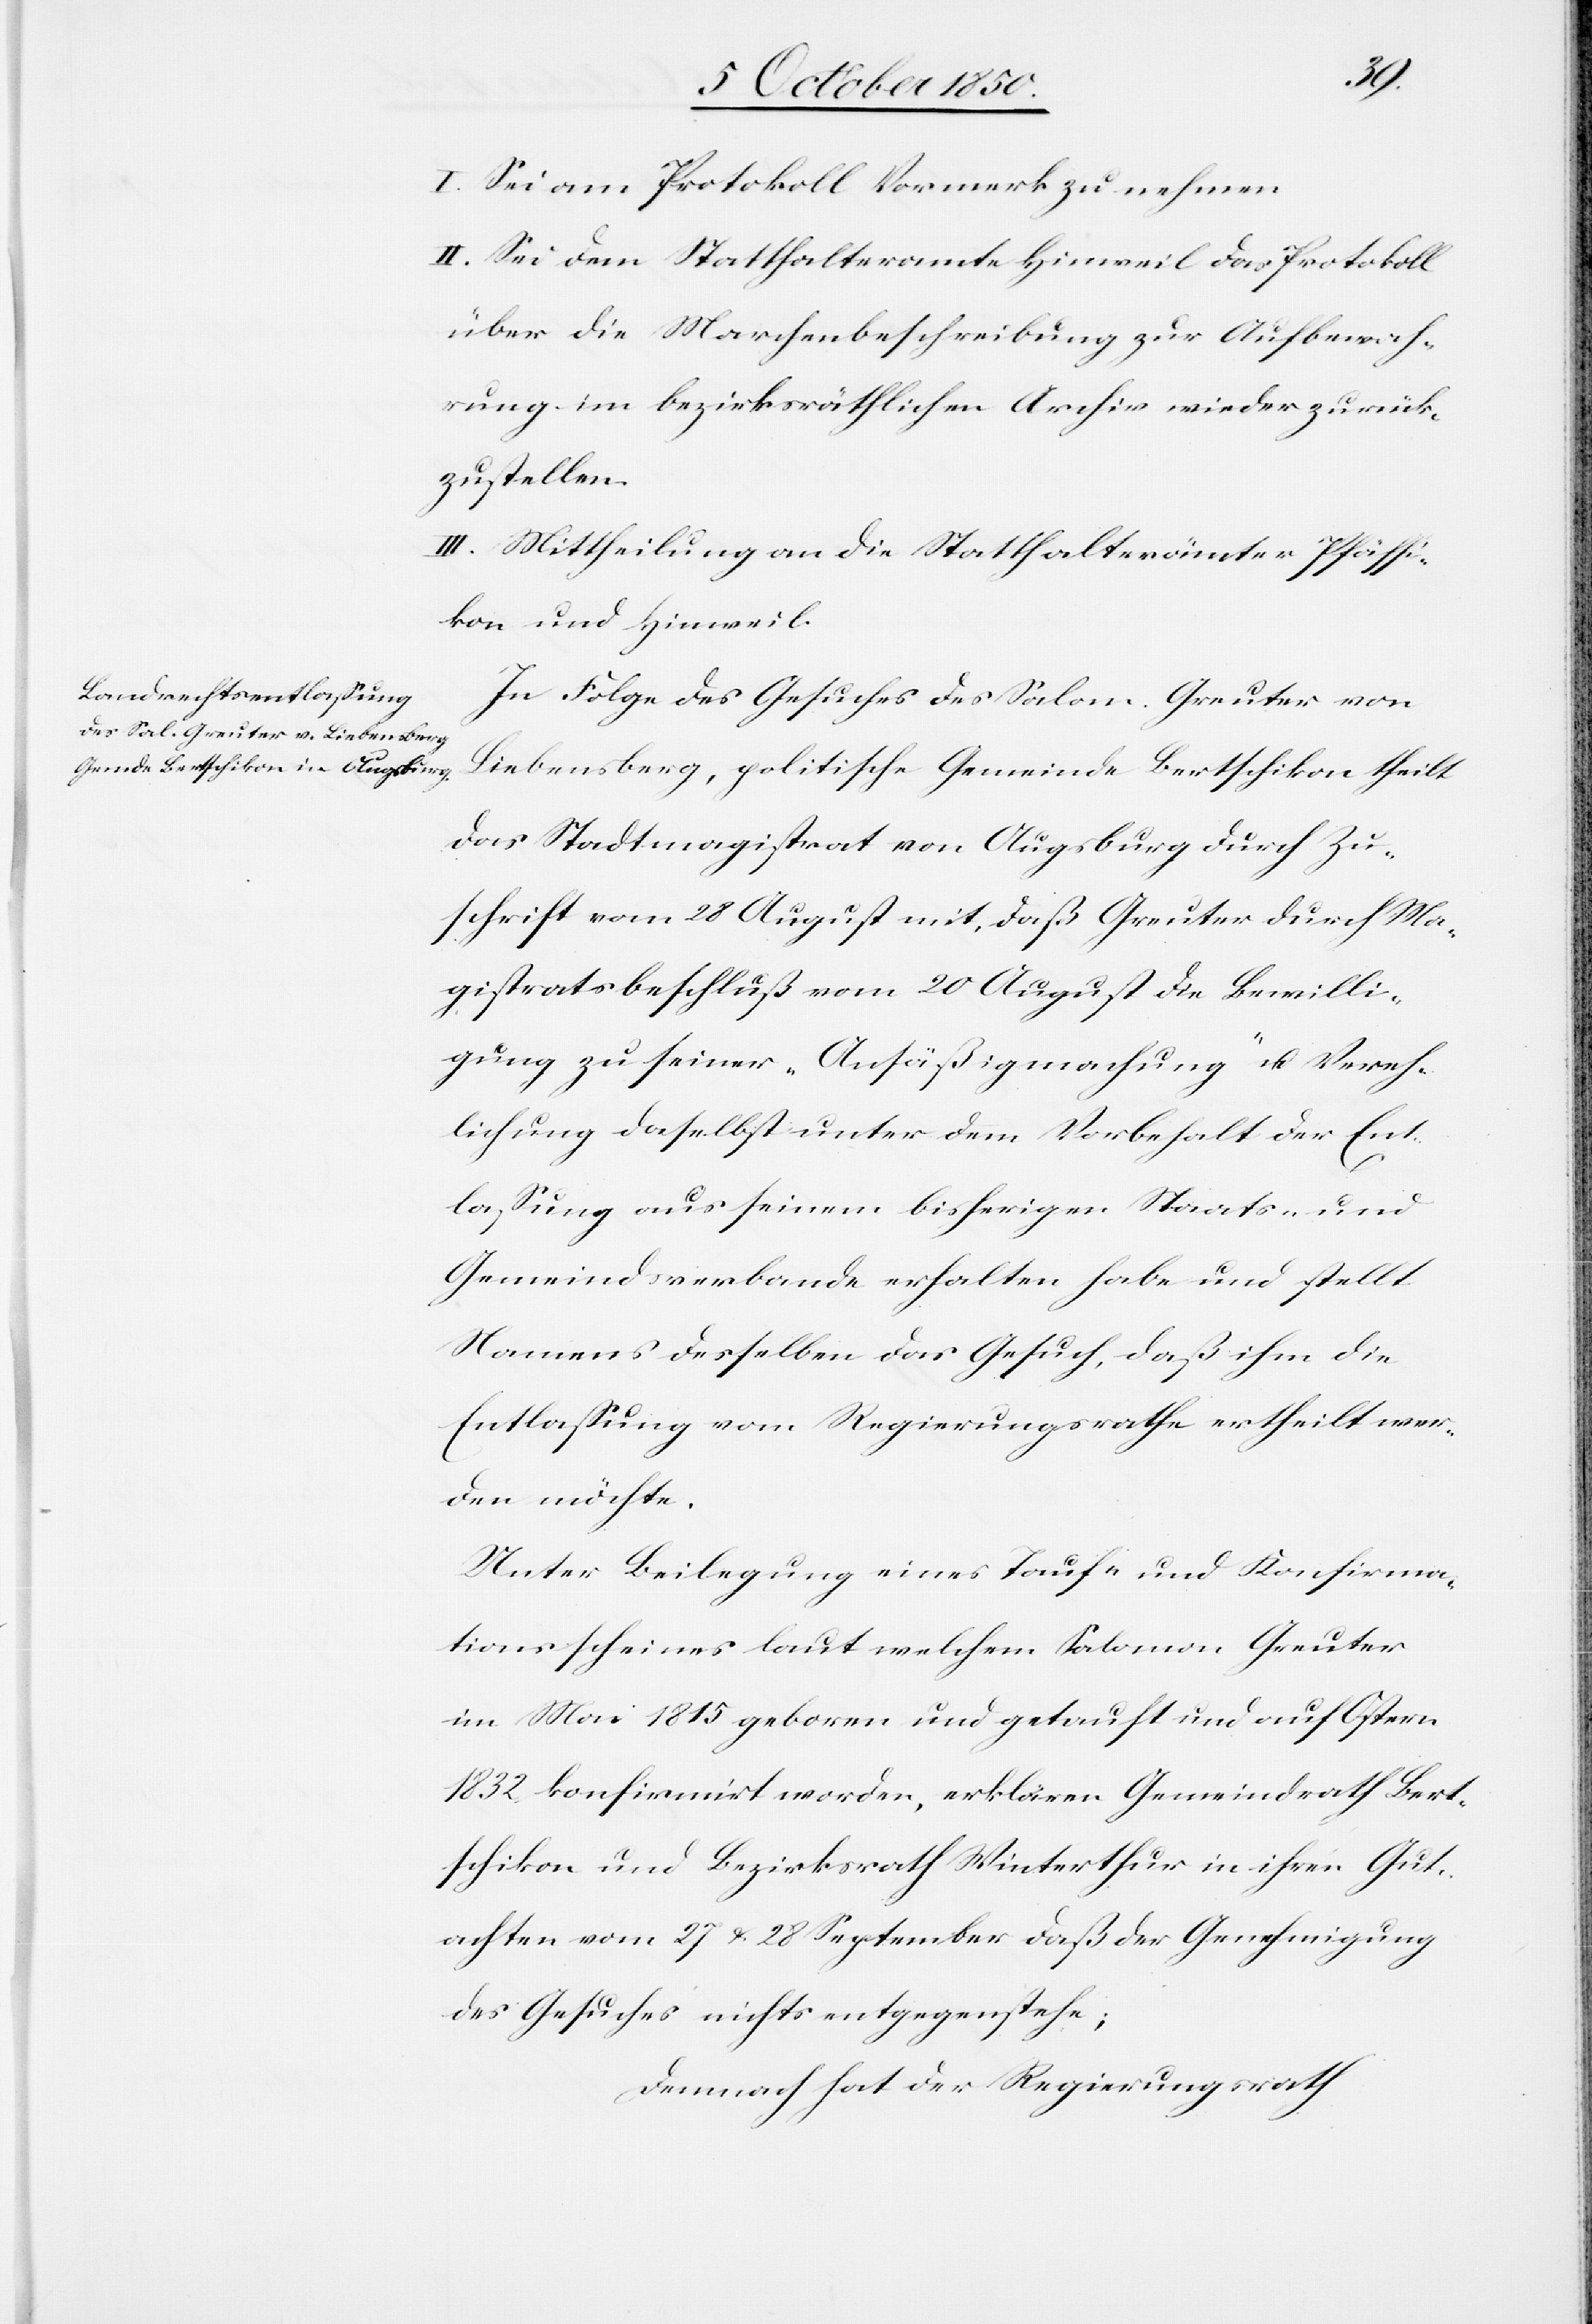
I. Sei am Protokoll Vormerk zu nehmen
II. Sei dem Statthalteramte Hinweil das Protokoll
über die Marchenbeschreibung zur Aufbewah¬
rung im bezirksräthlichen Archiv wieder zurück¬
zustellen.
III. Mittheilung an die Statthalterämter Pfäffi¬
kon und Hinweil.
In Folge des Gesuches des Salom. Greuter von
Liebensberg, politische Gemeinde Bertschikon theilt
das Stadtmagistrat von Augsburg durch Zu¬
schrift vom 28 August mit, daß Greuter durch Ma¬
gistratsbeschluß vom 20 August die Bewilli¬
gung zu seiner „Ansäßigmachung“ u. Vereh¬
lichung daselbst unter dem Vorbehalt der Ent¬
lassung aus seinem bisherigen Staats- und
Gemeindsverbande erhalten habe und stellt
Namens desselben das Gesuch, daß ihm die
Entlassung vom Regierungsrathe ertheilt wer¬
den möchte.
Unter Beilegung eines Tauf- und Konfirma¬
tionsscheines laut welchem Salomon Greuter
im Mai 1815 geboren und getauft und auf Ostern
1832 konfirmirt worden, erklären Gemeindrath Bert¬
schikon und Bezirksrath Winterthur in ihren Gut¬
achten vom 27 & 28 September daß der Genehmigung
des Gesuches nichts entgegenstehe;
Demnach hat der Regierungsrath